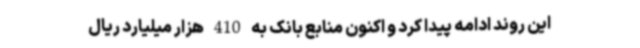
این روند ادامه پیدا کرد و اکنون منابع بانک به 410 هزار میلیارد ریال